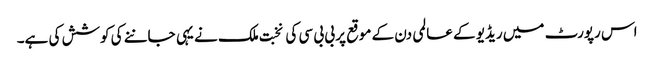
اس رپورٹ میں ریڈیو کے عالمی دن کے موقع پر بی بی سی کی نخبت ملک نے یہی جاننے کی کوشش کی ہے۔